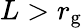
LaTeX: L>r_{\mathrm{g}}